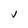
Character: V